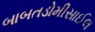
બાબતડોમીસાઈલ